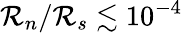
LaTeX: {\cal R}_{n}/{\cal R}_{s}\lesssim 10^{-4}